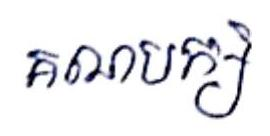
គណបក្ស